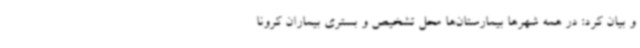
و بیان کرد: در همه شهرها بیمارستان‌ها محل تشخیص و بستری بیماران کرونا